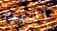
اليوم